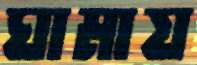
ঘামায়